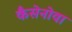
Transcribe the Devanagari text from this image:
कैसेनोवा